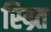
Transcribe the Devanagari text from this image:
स्म्र्ति